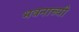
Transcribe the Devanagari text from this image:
भवनाच्यी